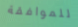
للموافقة